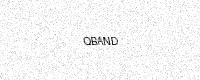
Text: QBAND